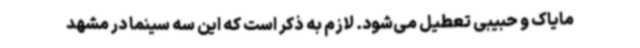
مایاک و حبیبی تعطیل می‌شود. لازم به ذکر است که این سه سینما در مشهد